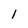
Character: l